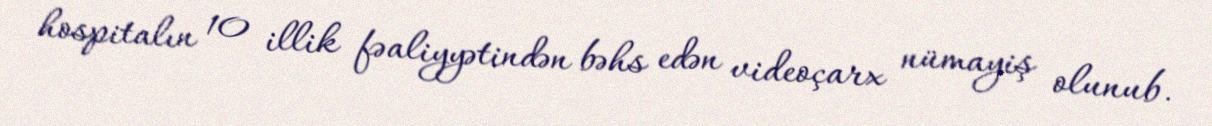
hospitalın 10 illik fəaliyyətindən bəhs edən videoçarx nümayiş olunub.